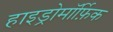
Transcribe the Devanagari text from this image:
हाइड्रोमॉर्फ़िक